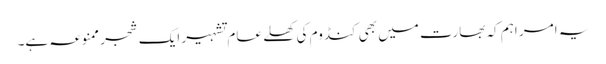
یہ امر اہم کہ بھارت میں بھی کنڈوم کی کھلے عام تشہیر ایک شجر ممنوعہ ہے۔